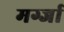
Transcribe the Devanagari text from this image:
मर्ग्जा